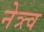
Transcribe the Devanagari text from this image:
नेत्र्त्व